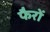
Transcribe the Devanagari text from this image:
फैरों